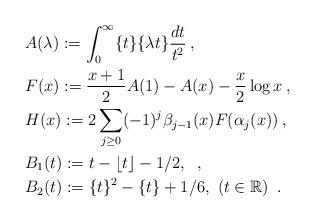
LaTeX: \begin{align*}&A(\lambda):=\int_0^\infty\{t\}\{\lambda t\}\frac{dt}{t^2}\:,\\&F(x):=\frac{x+1}{2}A(1)-A(x)-\frac{x}{2}\log x\:,\\&H(x):=2\sum_{j\geq 0}(-1)^j\beta_{j-1}(x)F(\alpha_j(x))\:,\\&B_1(t):=t-\lfloor t\rfloor -1/2,\ \:,\\&B_2(t):=\{t\}^2-\{t\}+1/6,\ (t\in\mathbb{R}) \ \:.\end{align*}